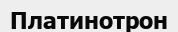
Платинотрон